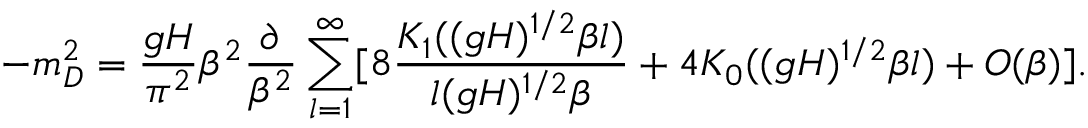
- m _ { D } ^ { 2 } = \frac { g H } { \pi ^ { 2 } } \beta ^ { 2 } \frac { \partial } { \beta ^ { 2 } } \sum _ { l = 1 } ^ { \infty } [ 8 \frac { K _ { 1 } ( ( g H ) ^ { 1 / 2 } \beta l ) } { l ( g H ) ^ { 1 / 2 } \beta } + 4 K _ { 0 } ( ( g H ) ^ { 1 / 2 } \beta l ) + O ( \beta ) ] .